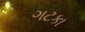
ગટકા